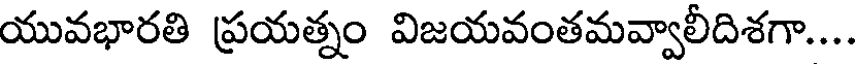
యువభారతి ప్రయత్నం విజయవంతమవ్వాలీదిశగా...